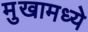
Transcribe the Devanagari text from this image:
मुखामध्ये